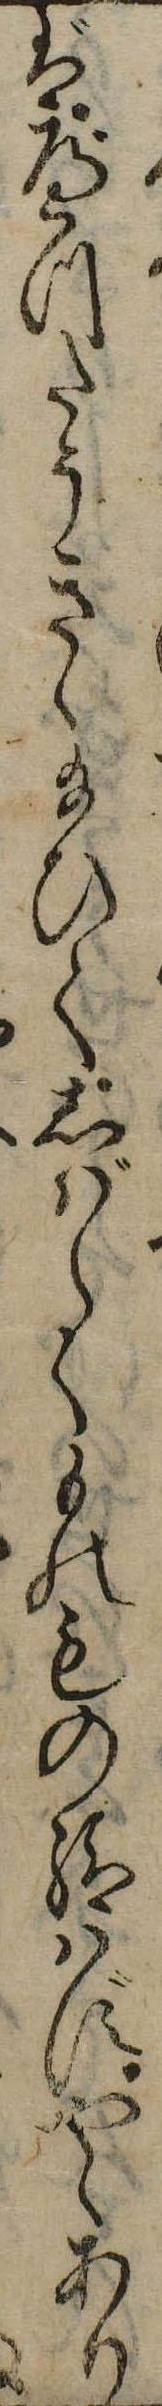
ばべつたうきゝ給ひてしばらくものもの給はずやゝあり